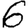
Digit: 6